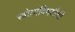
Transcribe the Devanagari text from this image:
स्त्रोतांविषयीची